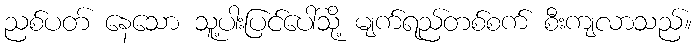
ညစ်ပတ် နေသော သူ့ပါးပြင်ပေါ်သို့ မျက်ရည်တစ်စက် စီးကျလာသည်။